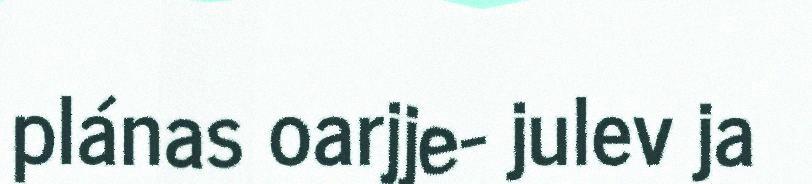
plánas oarjje- julev ja